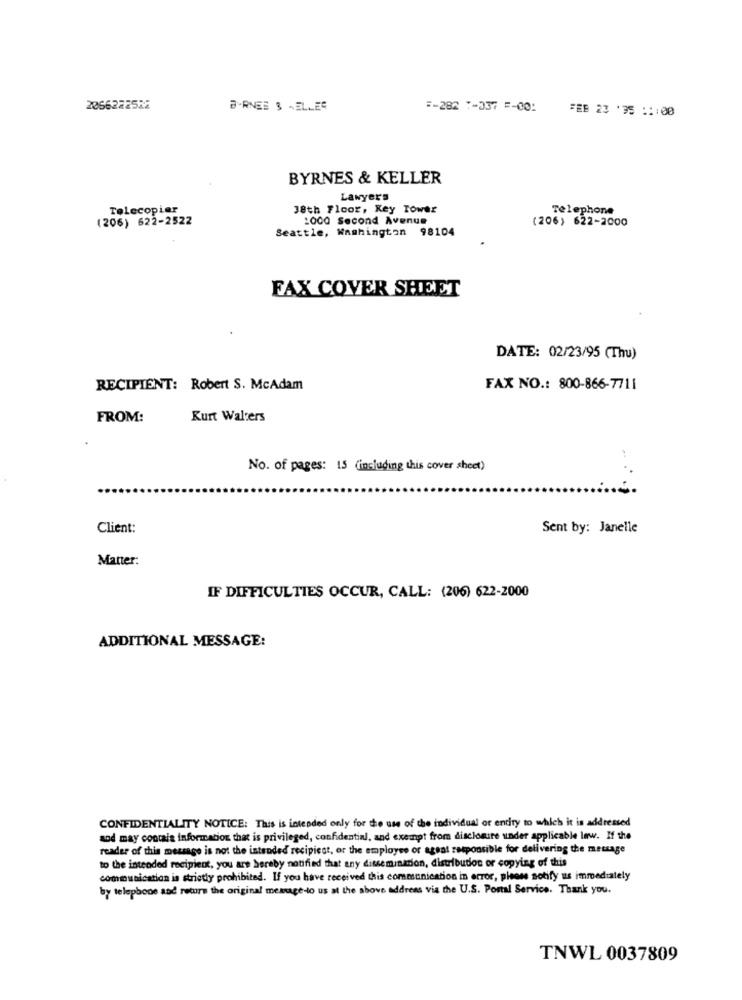
2066222522
B-RNES & -ELLES
:- 282 7-337 =- 00:
FEB 23 :35 ::: 00
BYRNES & KELLER
Lawyers
Telecopier
38th Floor, Key Tower
Telephone
(206) 622-2522
1000 Second Avenue
(206) 622-2000
Seattle, Washington 98104
FAX COVER SHEET
DATE: 02/23/95 (Thu)
RECIPIENT: Robert S. McAdam
FAX NO .: 800-866-7711
FROM:
Kurt Walters
No. of pages: 15 (including this cover sheet)
Client:
Sent by: Janelle
Matter:
IF DIFFICULTIES OCCUR, CALL: (206) 622-2000
ADDITIONAL MESSAGE:
CONFIDENTIALITY NOTICE: This is intended only for the use of the individual or entity to which it is addressed
and may contain information that is privileged, confidential, and exempt from disclosure under applicable law. If the
reader of this message is not the intended recipicst, or the employee or agent responsible for delivering the message
to the intended recipient, you are hereby notified that any dissemination, distribution or copying of this
communication is strictly prohibited. If you have received this communication in error, please notify us immediately
by telephone and return the original message-to us at the above address via the U.S. Portal Service. Thank you.
TNWL 0037809